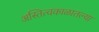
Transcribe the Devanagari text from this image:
अस्तित्वकाळातल्या